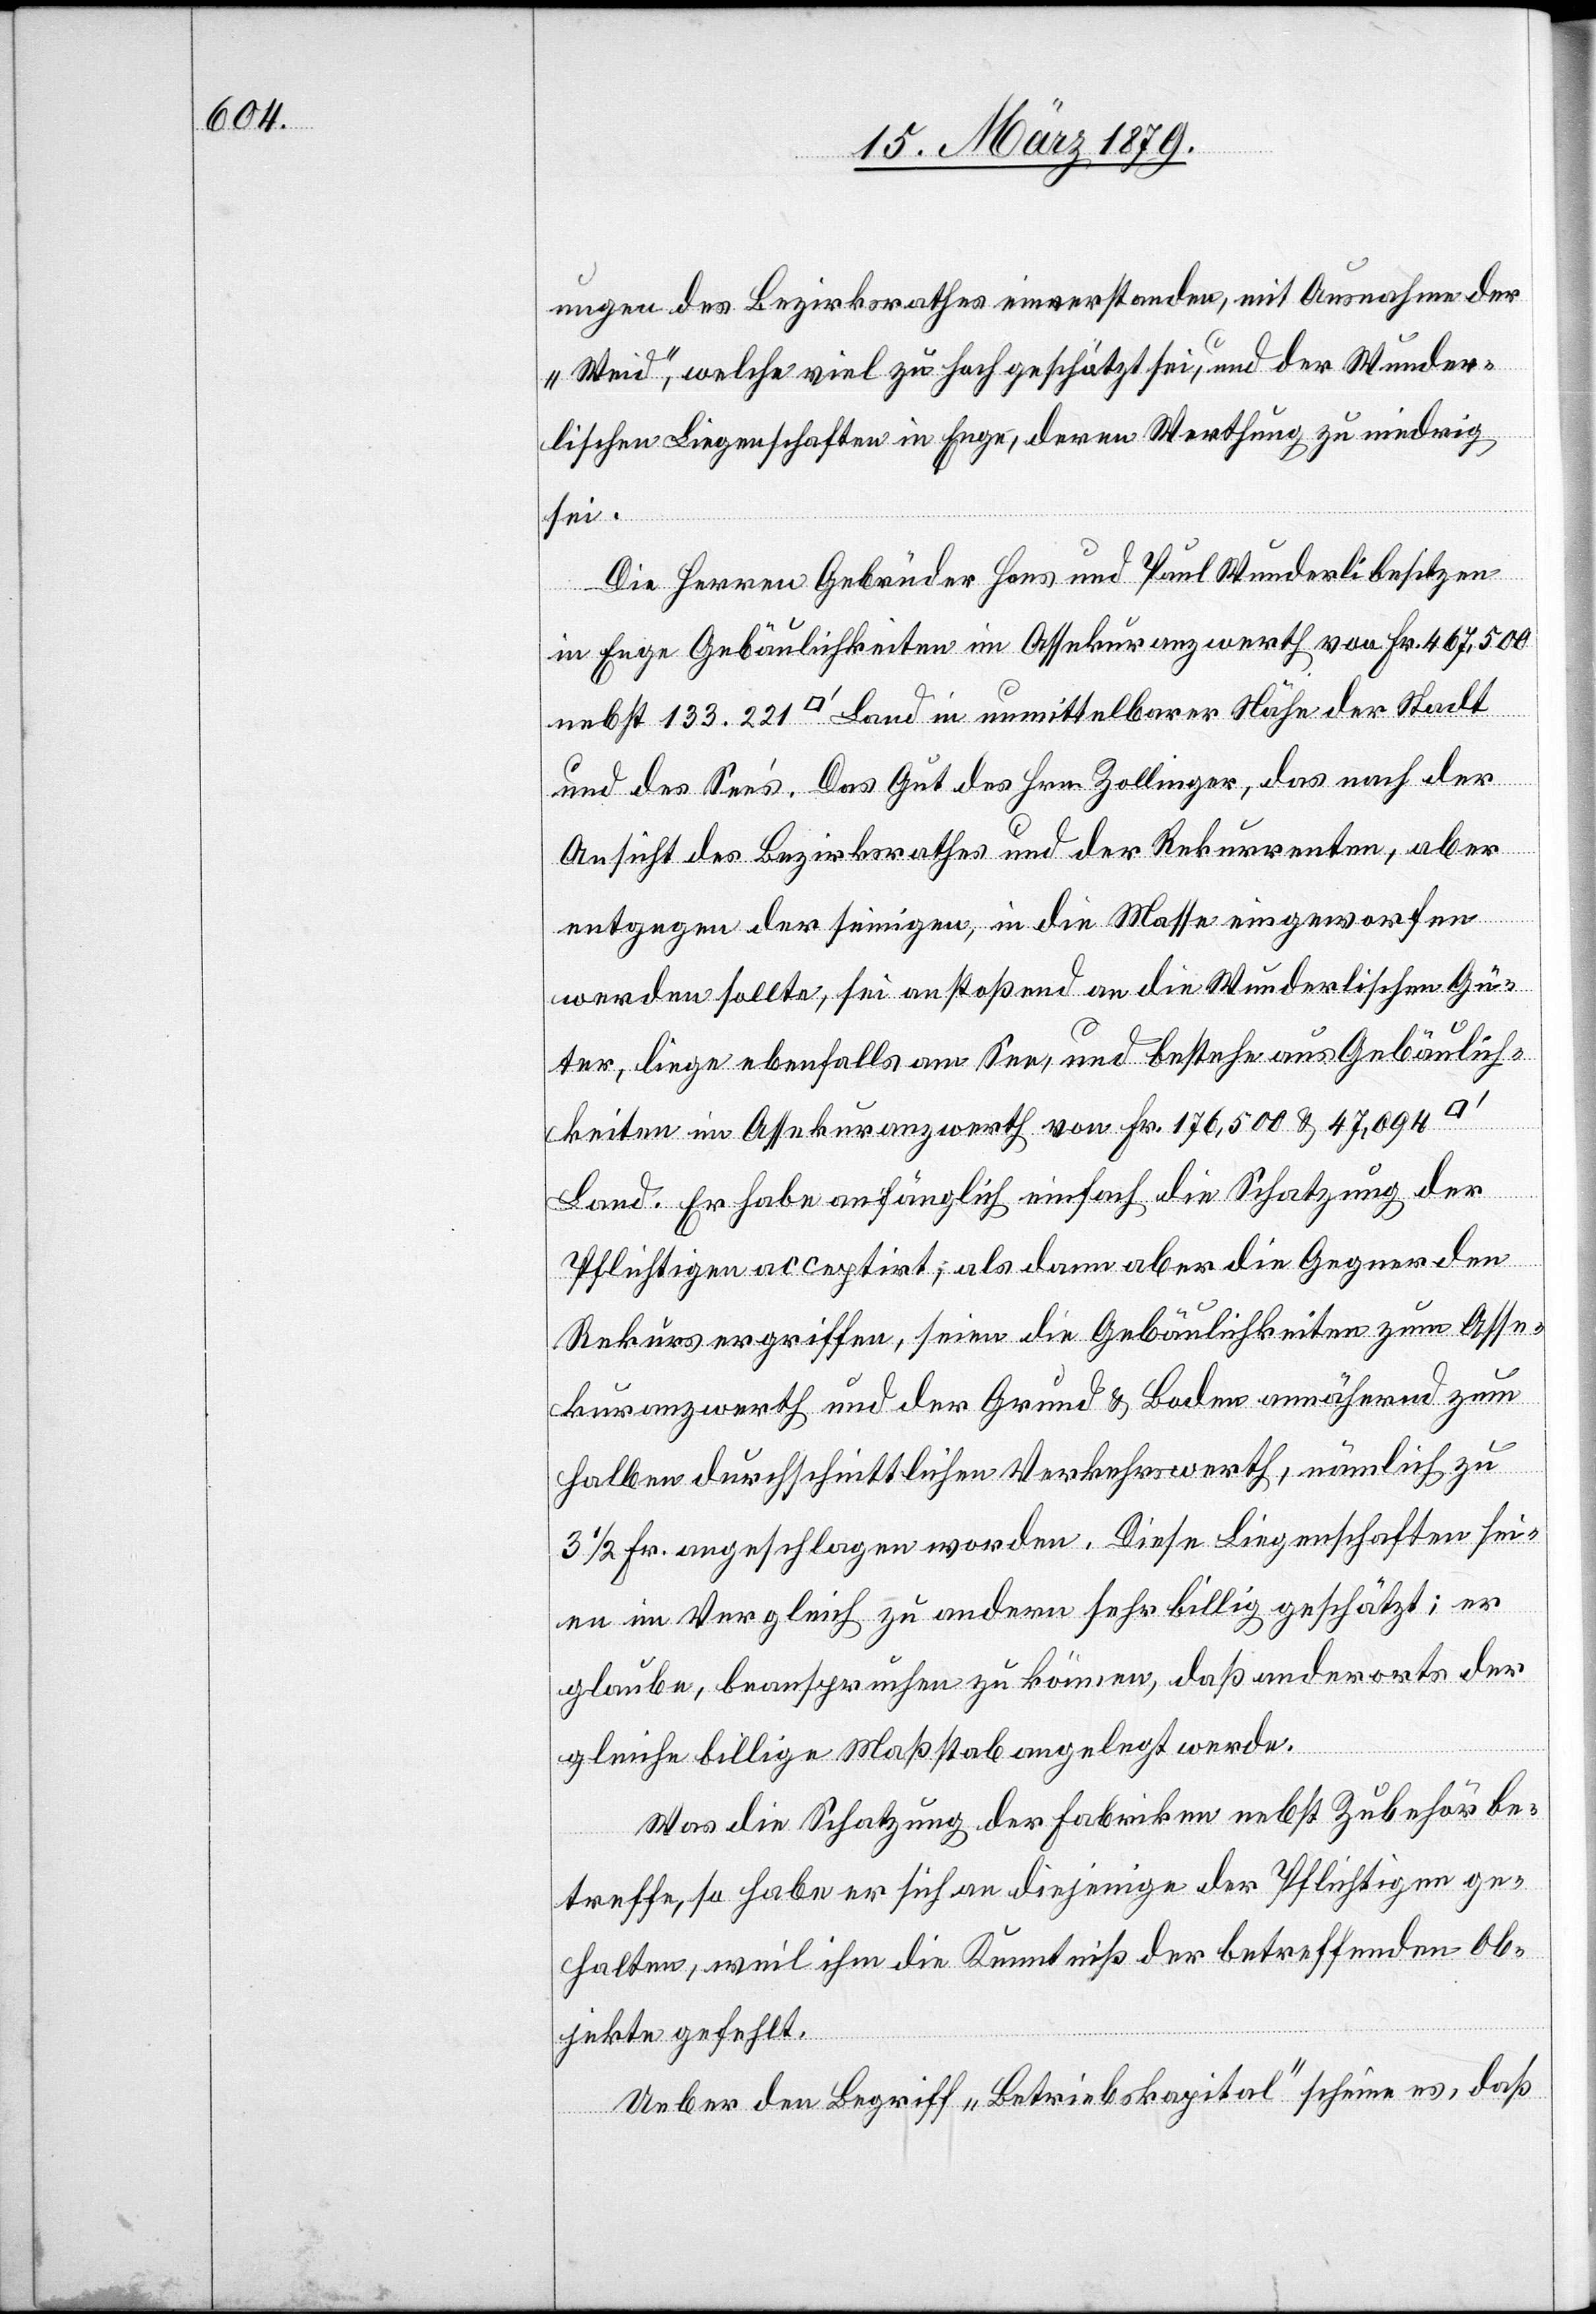
Stadt
ungen des Bezirksrathes einverstanden, mit Ausnahme der
„Waid“, welche viel zu hoch geschätzt sei, und der Wunder¬
lischen Liegenschaften in Enge, deren Werthung zu niedrig
sei.
Die Herren Gebrüder Hans und Paul Wunderli besitzen
in Enge Gebäulichkeiten im Assekuranzwerth von Fr. 467,500
und des See’s. Das Gut des Hrn. Zollinger, das nach der
Ansicht des Bezirksrathes und der Rekurrenten, aber
entgegen der seinigen, in die Masse eingeworfen
werden sollte, sei anstoßend an die Wunderlischen Gü¬
ter, liege ebenfalls am See, und bestehe aus Gebäulich¬
keiten im Assekuranzwert von Fr. 176,500 & 47,094
Land. Er habe anfänglich einfach die Schatzung der
Pflichtigen acceptirt; als dann aber die Gegner den
Rekurs ergriffen, seien die Gebäulichkeiten zum Asse¬
kuranzwerth und der Grund & Boden annähernd zum
halben durchschnittlichen Verkehrswerth, nämlich zu
3 1/2 Fr. angeschlagen worden. Diese Liegenschaften sei¬
en im Vergleich zu andern sehr billig geschätzt; er
glaube, beanspruchen zu können, daß anderorts der
gleiche billige Maßstab angelegt werde.
Was die Schatzung der Fabriken nebst Zubehör be¬
treffe, so habe er sich an diejenige der Pflichtigen ge¬
halten, weil ihm die Kenntniß der betreffenden Ob¬
jekte gefehlt.
Ueber den Begriff „Betriebskapital“ scheine es, daß